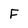
Character: F